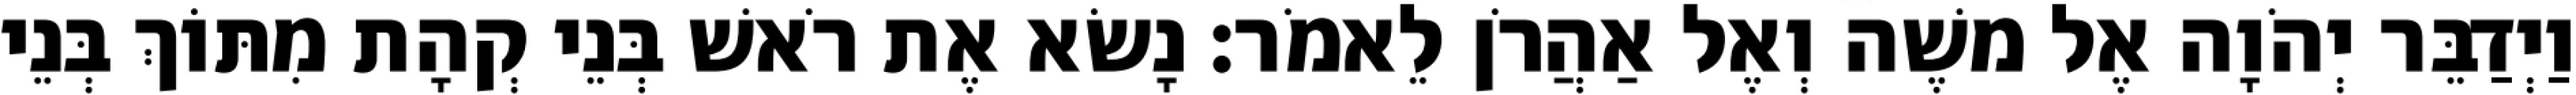
וַיְדַבֵּר יְהֹוָה אֶל משֶׁה וְאֶל אַהֲרֹן לֵאמֹר׃ נָשׂא אֶת רֹאשׁ בְּנֵי קְהָת מִתּוֹךְ בְּנֵי